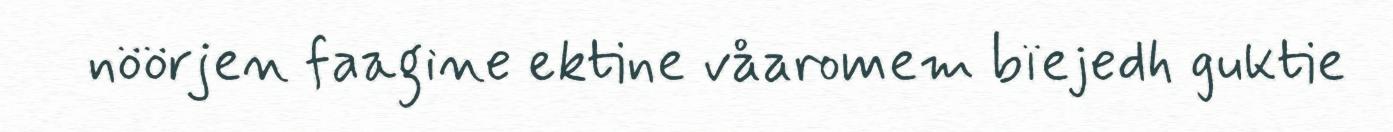
nöörjen faagine ektine våaromem bïejedh guktie